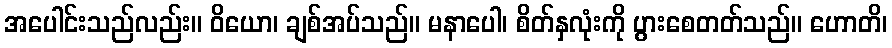
အပေါင်းသည်လည်း။ ဝိယော၊ ချစ်အပ်သည်။ မနာပေါ၊ စိတ်နှလုံးကို ပွားစေတတ်သည်။ ဟောတိ၊